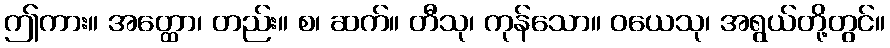
ဤကား။ အတ္ထော၊ တည်း။ စ၊ ဆက်။ တီသု၊ ကုန်သော။ ဝယေသု၊ အရွယ်တို့တွင်။